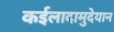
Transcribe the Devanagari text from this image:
कईलादामुदेयान